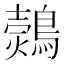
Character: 𪄗